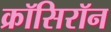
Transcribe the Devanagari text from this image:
क्रॉसिरॉन